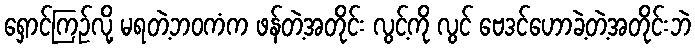
ရှောင်ကြဉ်လို့ မရတဲ့ဘဝကံက ဖန်တဲ့အတိုင်း လွင့်ကို လွင် ဗေဒင်ဟောခဲ့တဲ့အတိုင်းဘဲ